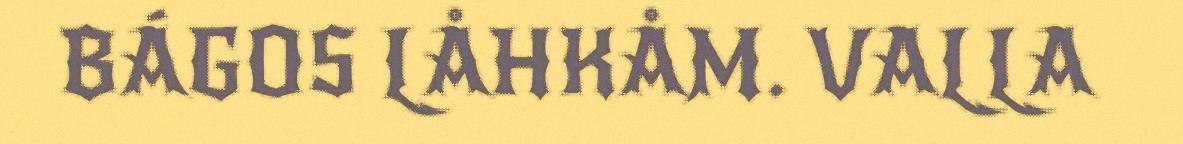
BÁGOS LÅHKÅM. VALLA